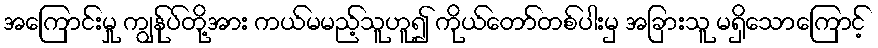
အကြောင်းမှု ကျွန်ုပ်တို့အား ကယ်မမည့်သူဟူ၍ ကိုယ်တော်တစ်ပါးမှ အခြားသူ မရှိသောကြောင့်